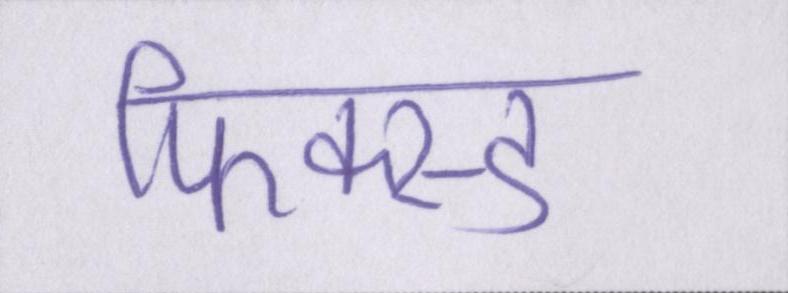
फिक्स्ड